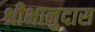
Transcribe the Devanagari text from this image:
श्रीभानुदास